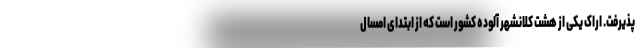
پذیرفت. اراک یکی از هشت کلانشهر آلوده کشور است که از ابتدای امسال